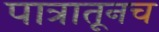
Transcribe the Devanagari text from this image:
पात्रातूनच